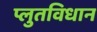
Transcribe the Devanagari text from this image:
प्लुतविधान